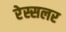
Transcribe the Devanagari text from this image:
रेस्सलर